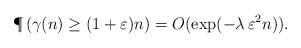
LaTeX: \begin{align*} \P\left(\gamma(n)\geq (1+\varepsilon)n\right)=O(\exp(-\lambda\,\varepsilon^2n)).\end{align*}